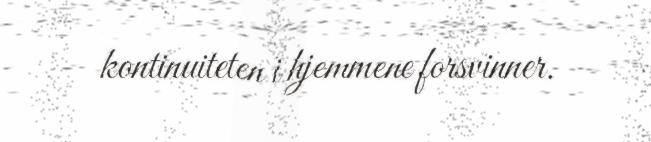
kontinuiteten i hjemmene forsvinner.